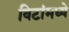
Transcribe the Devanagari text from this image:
विटांमध्ये